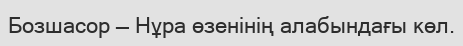
Бозшасор — Нұра өзенінің алабындағы көл.